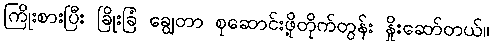
ကြိုးစားပြီး ခြိုးခြံ ချွေတာ စုဆောင်းဖို့တိုက်တွန်း နှိုးဆော်တယ်။